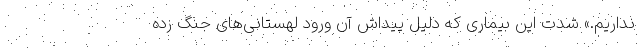
نداریم.» شدت این بیماری که دلیل پیداش آن ورود لهستانی‌‌های جنگ زده